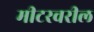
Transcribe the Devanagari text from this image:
मीटरवरील